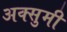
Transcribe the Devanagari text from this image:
अक्सुमी